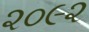
૨૦૯૨